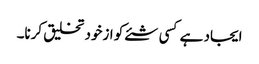
ایجاد ہے کسی شئے کو ازخود تخلیق کرنا۔